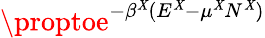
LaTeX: \proptoe^{-\beta^{\tt\mathit{X}}(E^{\tt\mathit{X}}-\mu^{\tt\mathit{X}}N^{\tt\mathit{X}})}